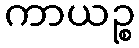
ကာယဉ္စ